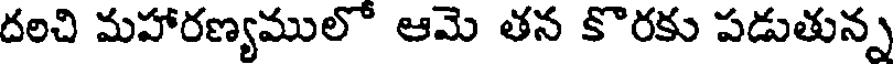
దలచి మహారణ్యములో ఆమె తన కొరకు పడుతున్న